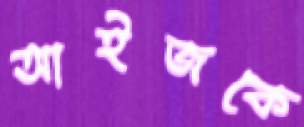
আইজকে